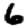
Digit: 6